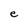
Character: e